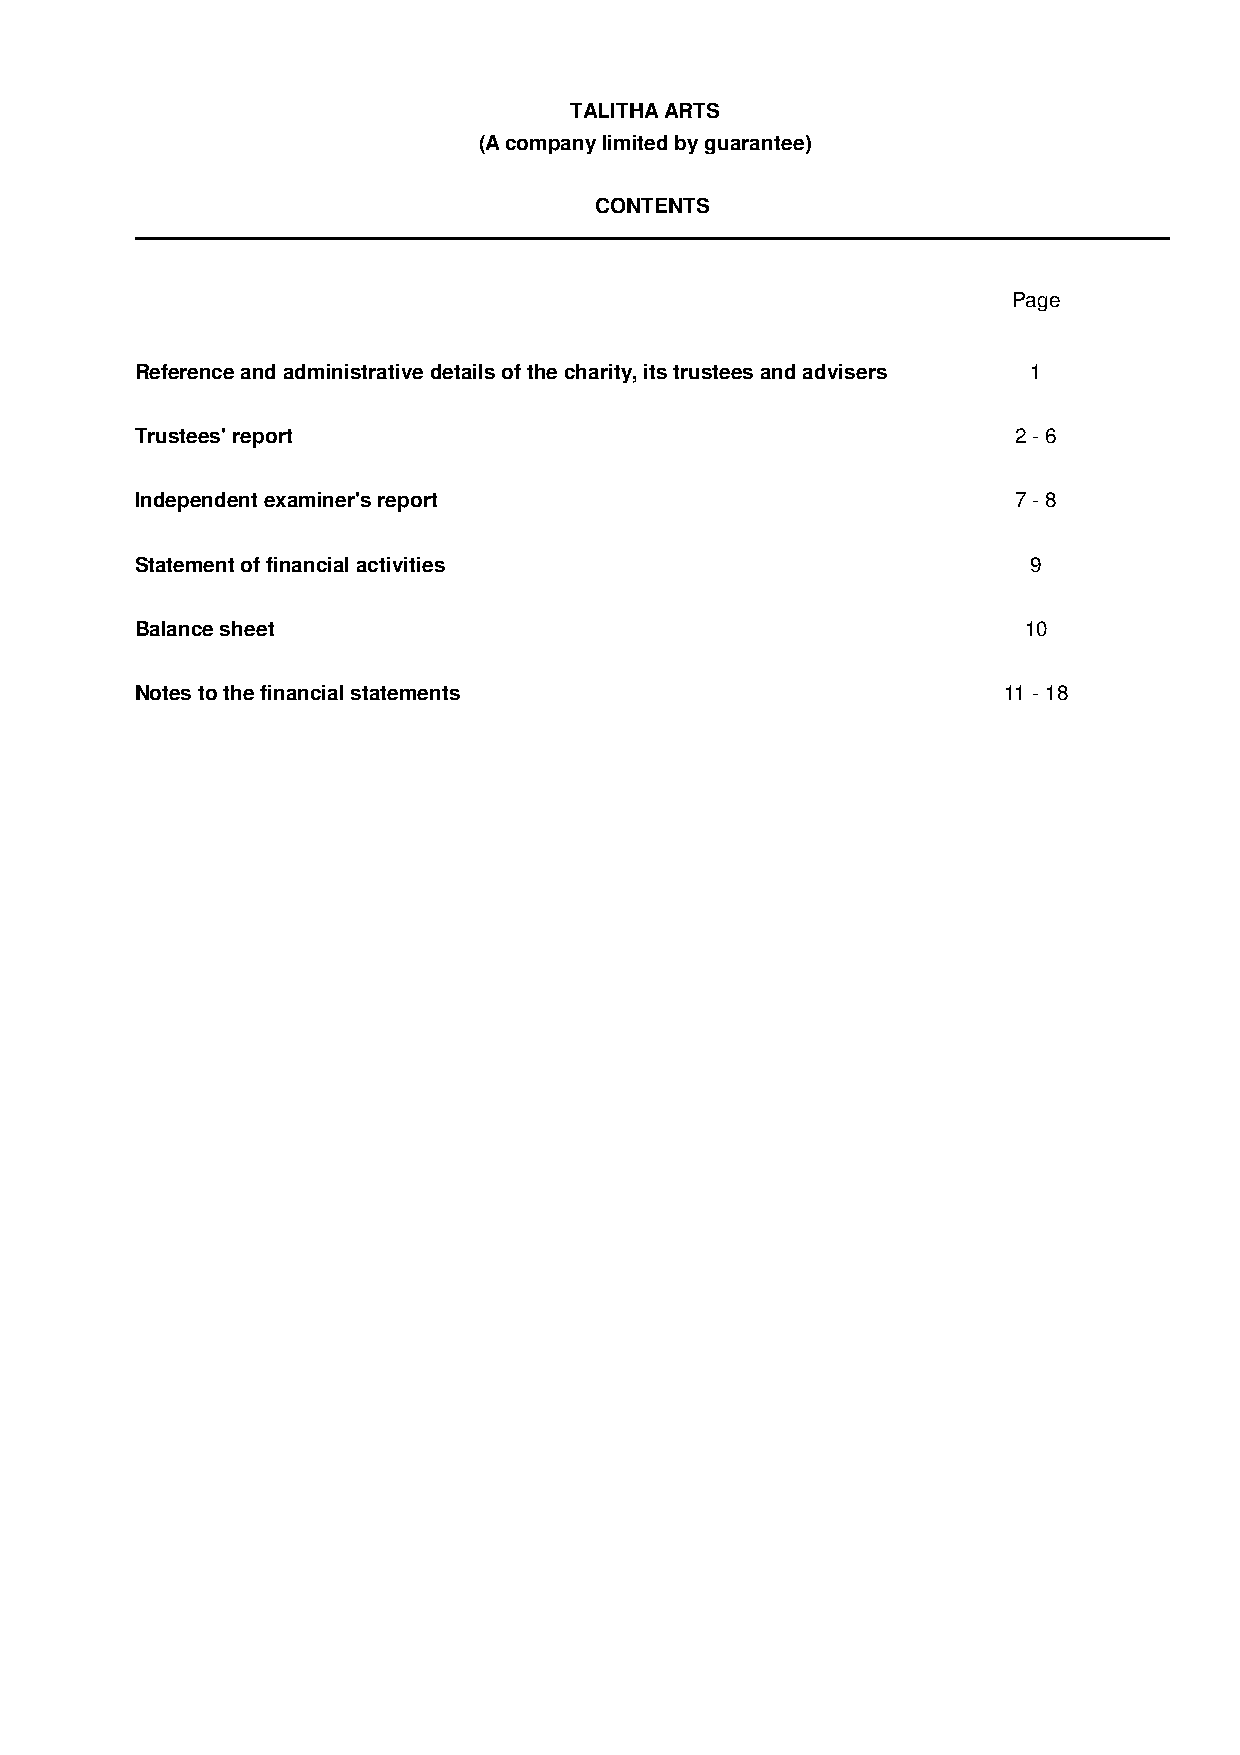
TALITHA ARTS
 (A company limited by guarantee)
 CONTENTS
 Page
 Reference and administrative details of the charity, its trustees and advisers 1
 Trustees' report                                          2 - 6
 Independent examiner's report                             7 - 8
 Statement of financial activities                          9
 Balance sheet                                              10
 Notes to the financial statements                        11 - 18